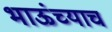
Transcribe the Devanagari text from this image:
भाऊंच्याच